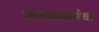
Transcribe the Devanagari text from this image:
लोककर्तव्य